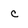
Character: c